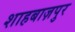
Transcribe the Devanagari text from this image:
शाहबाज़पुर